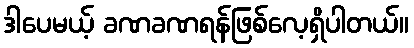
ဒါပေမယ့် ခဏခဏရန်ဖြစ်လေ့ရှိပါတယ်။